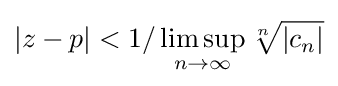
|z-p|<1/\limsup _{n\rightarrow \infty }{\sqrt[{n}]{|c_{n}|}}